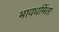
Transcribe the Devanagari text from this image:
भावधर्मिता